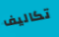
تكاليف